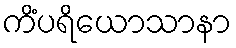
ကိံပရိယောသာနာ